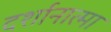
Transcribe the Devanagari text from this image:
दर्शानात्मा